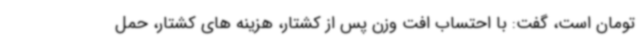
تومان است، گفت: با احتساب افت وزن پس از کشتار، هزینه های کشتار، حمل